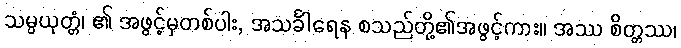
သမ္ပယုတ္တံ၊ ၏ အဖွင့်မှတစ်ပါး, အသင်္ခါရေန စသည်တို့၏အဖွင့်ကား။ အဿ စိတ္တဿ၊